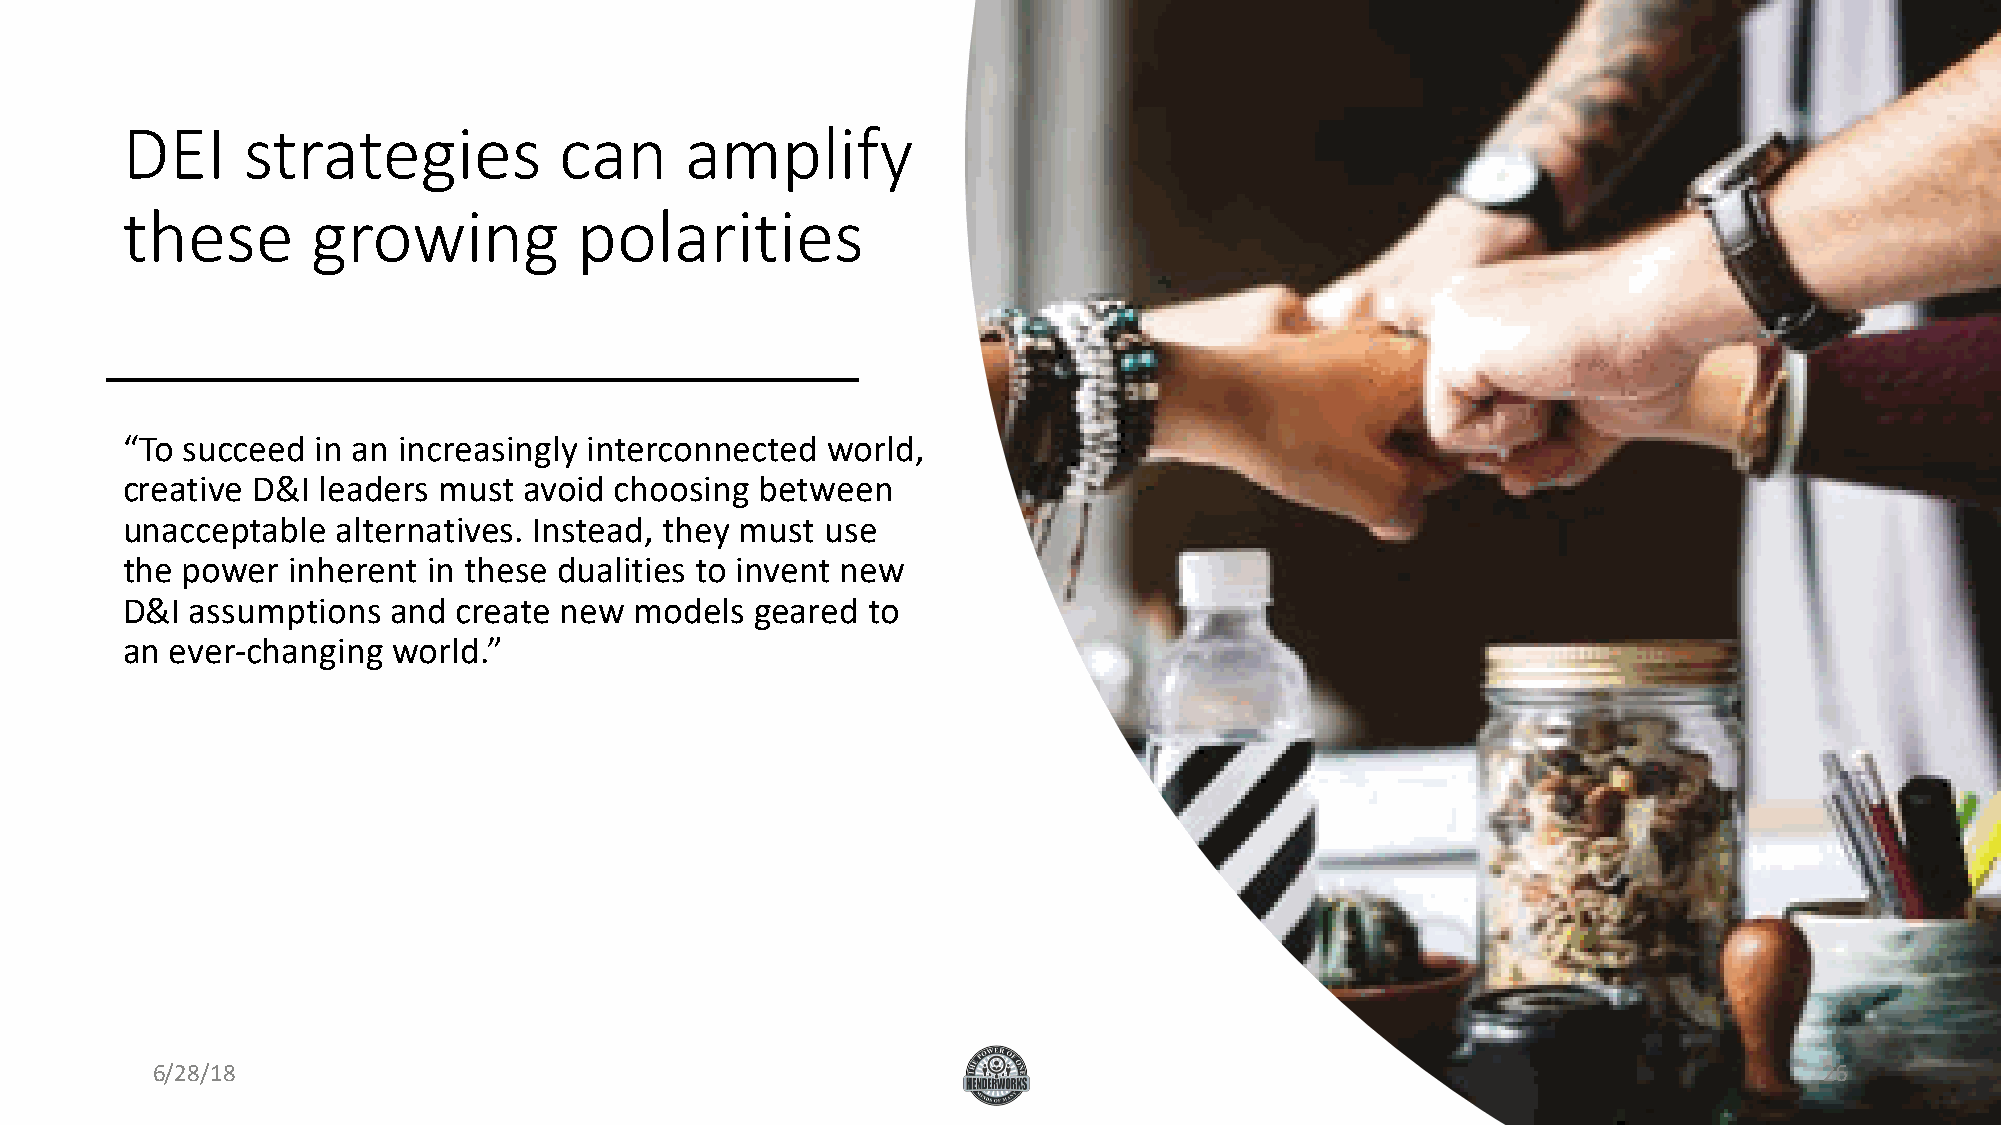
DEI     strategies           can     amplify
 these        growing          polarities
 “To succeed  in an increasingly interconnected world,
 creative D&I leaders must  avoid choosing between
 unacceptable  alternatives. Instead, they must use
 the power  inherent in these dualities to invent new
 D&I  assumptions  and create new  models  geared to
 an ever-changing  world.”
 6/28/18                                                                                                        26